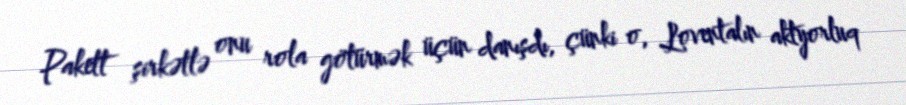
Pakett şirkətlə onu rola götürmək üçün danışdı, çünki o, Loventalın aktyorluq